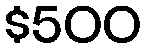
$500